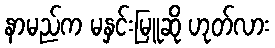
နာမည်က မနှင်းမြူဆို ဟုတ်လား